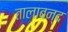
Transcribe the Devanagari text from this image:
तालाबन्द